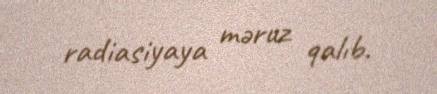
radiasiyaya məruz qalıb.